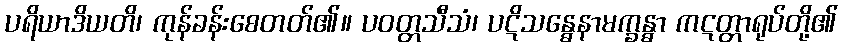
ပရိယာဒိယတိ၊ ကုန်ခန်းစေတတ်၏။ ပဝတ္တသီသံ၊ ပဋိသန္ဓေနာမက္ခန္ဓာ ကဋတ္တာရုပ်တို့၏